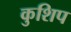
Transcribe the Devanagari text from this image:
कुशिप